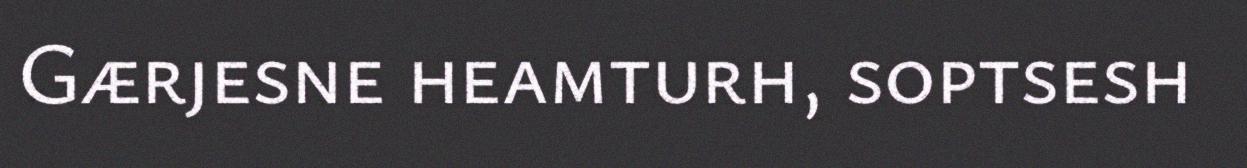
Gærjesne heamturh, soptsesh